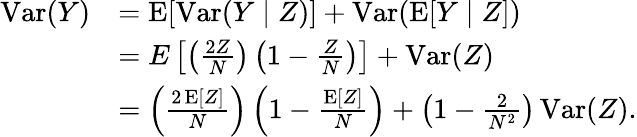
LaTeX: {\begin{array}{rl}{\operatorname{Var}(Y)}&{=\operatorname{E}[\operatorname{Var}(Y\mid Z)]+\operatorname{Var}(\operatorname{E}[Y\mid Z])}\\ &{=E\left[\left({\frac{2Z}{N}}\right)\left(1-{\frac{Z}{N}}\right)\right]+\operatorname{Var}(Z)}\\ &{=\left({\frac{2\operatorname{E}[Z]}{N}}\right)\left(1-{\frac{\operatorname{E}[Z]}{N}}\right)+\left(1-{\frac{2}{N^{2}}}\right)\operatorname{Var}(Z).}\end{array}}